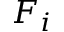
F _ { i }